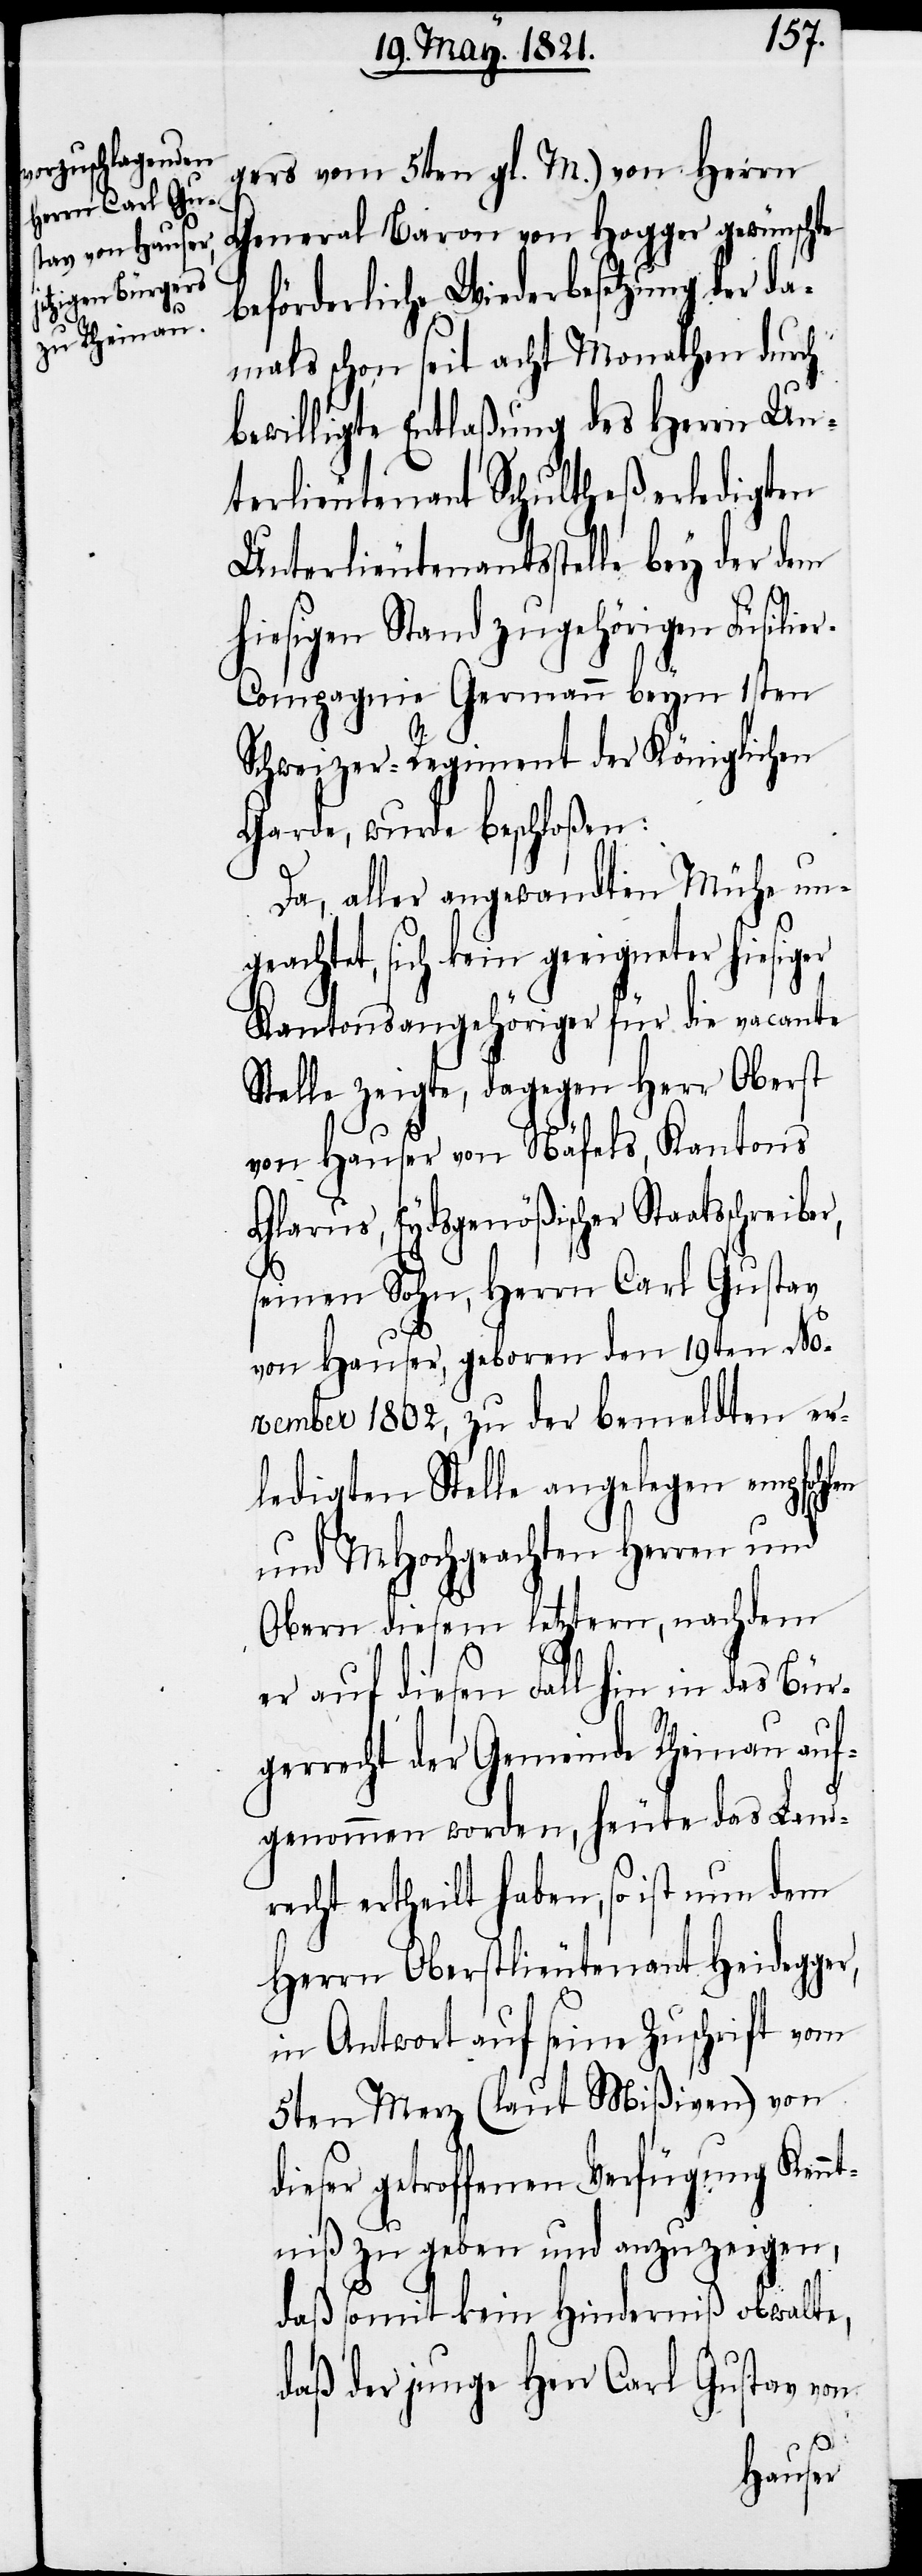
r,
gers vom 5ten gl. M.) von Herrn
General Baron von Hogger gewünschte
beförderliche Wiederbesetzung der da¬
mals schon seit acht Monathen durch
bewilligte Entlaßung des Herrn Un¬
terlieutenant Schultheß erledigten
Unterlieutenantsstelle bey der dem
hiesigen Stand zugehörigen Füsilie¬
r-Compagnie Germann beym 1sten
Schweizer-Regiment der Königlichen
Garde, wurde beschloßen:
Da, aller angewandten Mühe ung¬
eachtet, sich kein geeigneter
Kantonsangehöriger für die vacante
Stelle zeigte, dagegen Herr Oberst
von Hauser von Näfels, Kantons
Glarus, Eydsgenößischer Staatsschreibe¬
seinem Sohn, Herrn Carl Gustav
von Hauser, geboren den 19ten No¬
vember 1802, zu der bemeldten er¬
ledigten Stelle angelegen empfohlen
und MHochgeachten Herren und
Obern diesem letztern, nachdem
er auf diesen Fall hin in das Bür¬
gerrecht der Gemeinde Rheinau auf¬
genommen worden, heute das Land¬
recht ertheilt haben, so ist nun dem
Herrn Oberstlieutenant Heidegger,
in Antwort auf seine Zuschrift vom
5ten Merz (laut Mißiven) von
dieser getroffenen Verfügung Kennt¬
niß zu geben und anzuzeigen,
daß somit kein Hinderniß obwalte,
daß der junge Herr Carl Gustav von